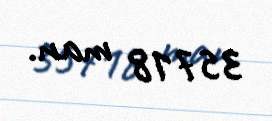
35718 man.